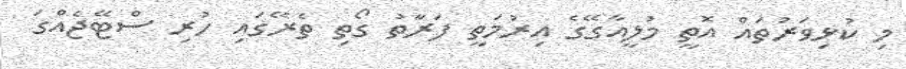
މި ކުޅިވަރުތައް އޮތީ މުލީއާގޭގެ އިރުމަތީ ފަރާތު ގޯތި ތެރޭގައި ހުރި ސްޓޭޖެއްގަ